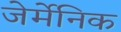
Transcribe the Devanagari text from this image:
जेर्मेनिक